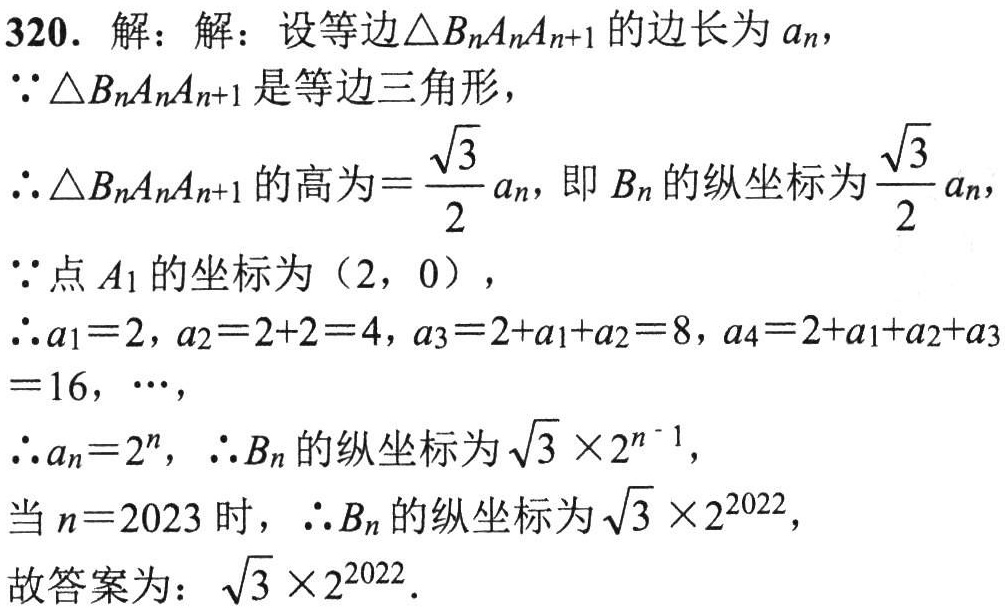
320. 解：解：设等边\(\triangle B_{n}A_{n}A_{n + 1}\)的边长为\(a_{n}\)，

\(\because\triangle B_{n}A_{n}A_{n + 1}\)是等边三角形，

\(\therefore\triangle B_{n}A_{n}A_{n + 1}\)的高为\(=\frac{\sqrt{3}}{2}a_{n}\)，即\(B_{n}\)的纵坐标为\(\frac{\sqrt{3}}{2}a_{n}\)，

\(\because\)点\(A_{1}\)的坐标为\((2,0)\)，

\(\therefore a_{1}=2\)，\(a_{2}=2 + 2 = 4\)，\(a_{3}=2 + a_{1}+a_{2}=8\)，\(a_{4}=2 + a_{1}+a_{2}+a_{3}=16\)，\(\cdots\)，

\(\therefore a_{n}=2^{n}\)，\(\therefore B_{n}\)的纵坐标为\(\sqrt{3}\times2^{n - 1}\)，

当\(n = 2023\)时，\(\therefore B_{n}\)的纵坐标为\(\sqrt{3}\times2^{2022}\)，

故答案为：\(\sqrt{3}\times2^{2022}\)．